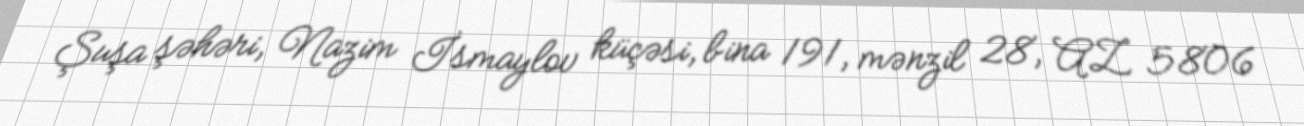
Şuşa şəhəri, Nazim İsmaylov küçəsi, bina 191, mənzil 28, AZ 5806